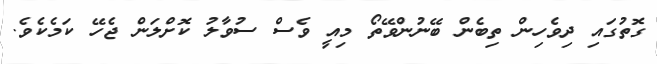
ގޮތުގައި ދިވެހިން ތިބެން ބޭނުންވޭތޯ މިއީ ވެސް ސުވާލު ކޮށްލަން ޖެހޭ ކަމެކެވެ.